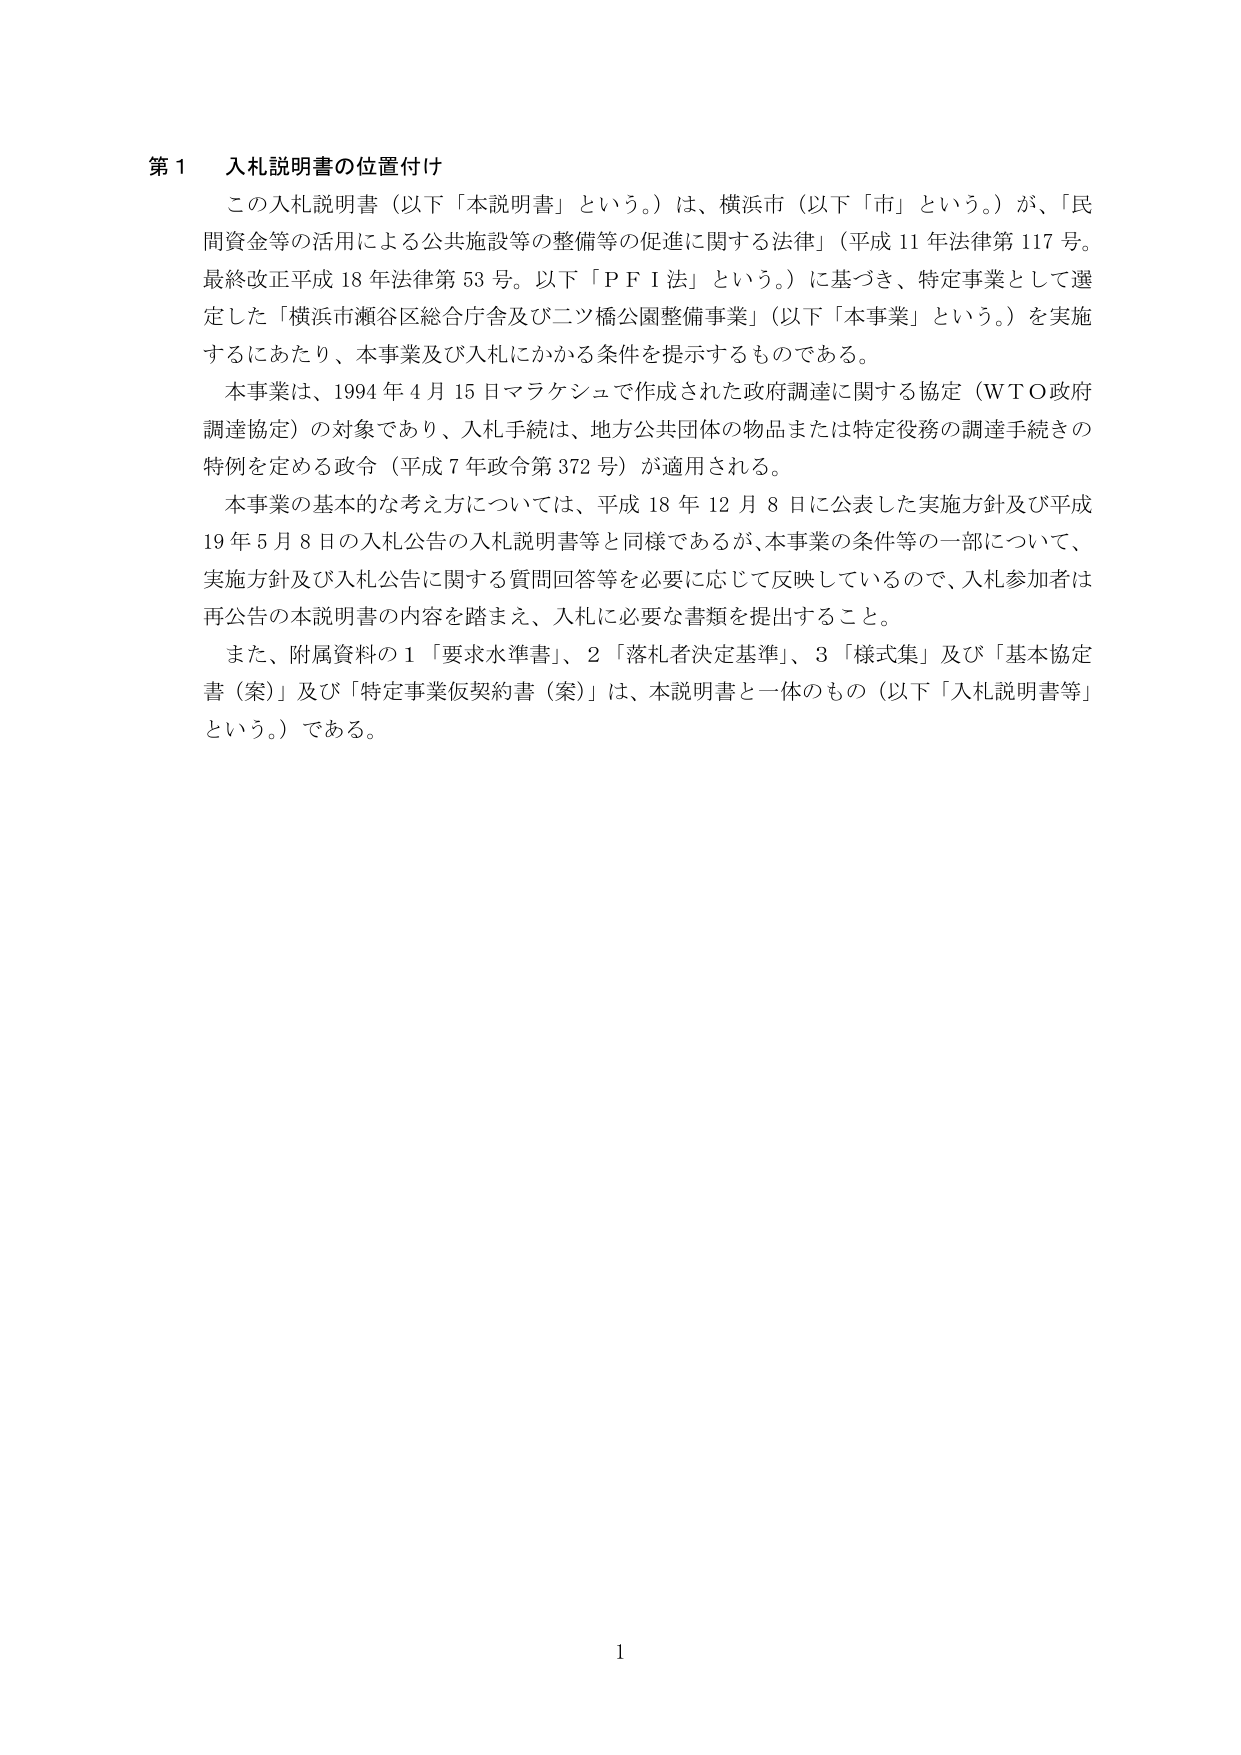
第１ 入札説明書の位置付け

この入札説明書（以下「本説明書」という。）は、横浜市（以下「市」という。）が、「民間資金等の活用による公共施設等の整備等の促進に関する法律」（平成11年法律第117号。最終改正平成18年法律第53号。以下「ＰＦＩ法」という。）に基づき、特定事業として選定した「横浜市瀬谷区総合庁舎及び二ツ橋公園整備事業」（以下「本事業」という。）を実施するにあたり、本事業及び入札にかかる条件を提示するものである。

本事業は、1994年4月15日マラケシュで作成された政府調達に関する協定（ＷＴＯ政府調達協定）の対象であり、入札手続は、地方公共団体の物品または特定役務の調達手続きの特例を定める政令（平成7年政令第372号）が適用される。

本事業の基本的な考え方については、平成18年12月8日に公表した実施方針及び平成19年5月8日の入札公告の入札説明書等と同様であるが、本事業の条件等の一部について、実施方針及び入札公告に関する質問回答等を必要に応じて反映しているので、入札参加者は再公告の本説明書の内容を踏まえ、入札に必要な書類を提出すること。

また、附属資料の１「要求水準書」、２「落札者決定基準」、３「様式集」及び「基本協定書（案）」及び「特定事業仮契約書（案）」は、本説明書と一体のもの（以下「入札説明書等」という。）である。

1